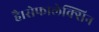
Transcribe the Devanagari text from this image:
है।सेफालेक्सिन